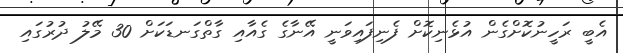
އެބީ ރަހީނުކޮށްގެން އުޅެނިކޮށް ފެނިފައިވަނީ އޭނާގެ ގެއާއި ގާތްގަނޑަކަށް 30 މޭލު ދުރުގައި